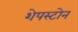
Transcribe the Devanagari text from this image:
शेपस्टोन